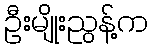
ဦးမျိုးညွန့်က